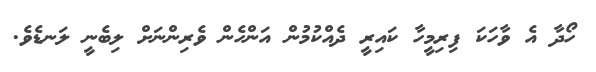
ހޯދާ އެ ވާހަކަ ފިރިމީހާ ކައިރީ ދެއްކުމުން އަންހެން ވެރިންނަށް ލިބެނީ ލަނޑެވެ.